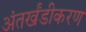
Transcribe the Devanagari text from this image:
अंतर्खंडीकरण